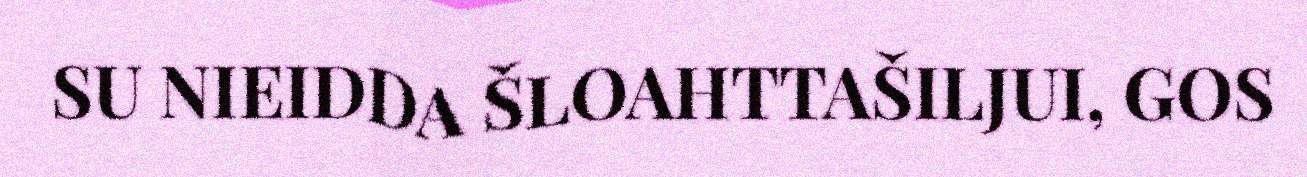
SU NIEIDDA ŠLOAHTTAŠILJUI, GOS